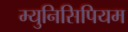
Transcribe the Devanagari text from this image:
म्युनिसिपियम